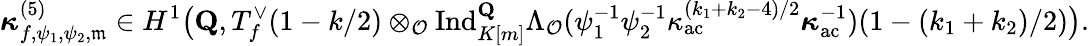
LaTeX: \boldsymbol{\kappa}_{f,\psi_{1},\psi_{2},\mathfrak{m}}^{(5)}\in H^{1}\bigl(\mathbf{Q},T_{f}^{\vee}(1-k/2)\otimes_{\mathcal O}\mathrm{Ind}_{K[m]}^{\mathbf{Q}}\Lambda_{\mathcal O}(\psi_{1}^{-1}\psi_{2}^{-1}\kappa_{\mathrm{ac}}^{(k_{1}+k_{2}-4)/2}\boldsymbol{\kappa}_{\mathrm{ac}}^{-1})(1-(k_{1}+k_{2})/2)\bigr).